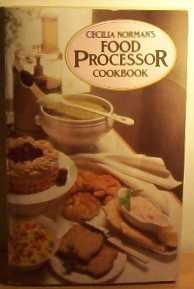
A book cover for Food Processor Cook Book (Panther Books); Cecilia Norman; Cookbooks, Food & Wine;